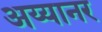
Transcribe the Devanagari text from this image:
अय्यानर